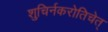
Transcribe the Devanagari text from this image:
शुचिर्नकरोतिचेत्